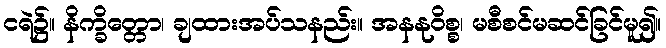
ငရဲ၌။ နိက္ခိတ္တော၊ ချထားအပ်သနည်း။ အနနုဝိစ္စ၊ မစီစင်မဆင်ခြင်မူ၍။